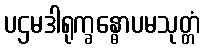
ပဌမဒါရုက္ခန္ဓောပမသုတ္တံ